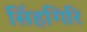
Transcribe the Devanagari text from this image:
सिंहगिरि